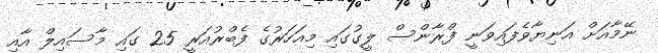
ނޭމާއަށް އަނިޔާވެފައިވަނީ ފްރާންސް ލީގުގައި މިއަހަރުގެ ފެބްރުއަރީ 25 ގައި މާސައިލް އާއި